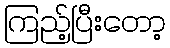
ကြည့်ပြီးတော့